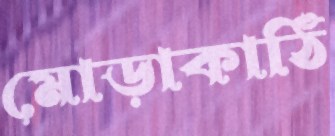
মোড়াকাঠি